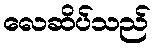
လေဆိပ်သည်